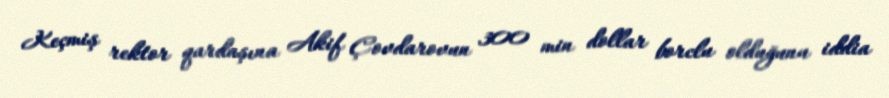
Keçmiş rektor qardaşına Akif Çovdarovun 300 min dollar borclu olduğunu iddia